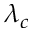
\lambda _ { c }